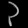
Digit: ၃